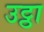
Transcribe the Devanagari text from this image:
उट्ठा